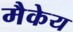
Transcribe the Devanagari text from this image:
मैकेय